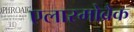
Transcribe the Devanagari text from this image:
एलास्मोब्रैक